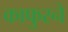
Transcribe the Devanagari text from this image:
काफुरने